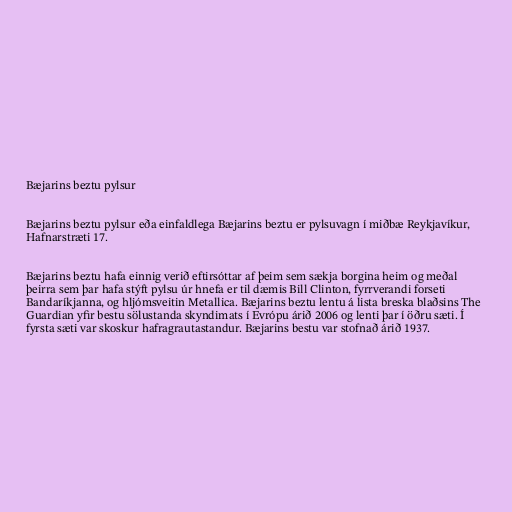
Bæjarins beztu pylsur

Bæjarins beztu pylsur eða einfaldlega Bæjarins beztu er pylsuvagn í miðbæ Reykjavíkur,
Hafnarstræti 17.

Bæjarins beztu hafa einnig verið eftirsóttar af þeim sem sækja borgina heim og meðal
þeirra sem þar hafa stýft pylsu úr hnefa er til dæmis Bill Clinton, fyrrverandi forseti
Bandaríkjanna, og hljómsveitin Metallica. Bæjarins beztu lentu á lista breska blaðsins The
Guardian yfir bestu sölustanda skyndimats í Evrópu árið 2006 og lenti þar í öðru sæti. Í
fyrsta sæti var skoskur hafragrauta­standur. Bæjarins bestu var stofnað árið 1937.